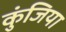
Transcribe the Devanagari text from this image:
कुंजिया